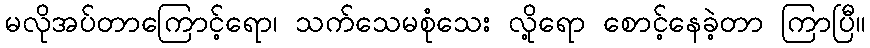
မလိုအပ်တာကြောင့်ရော၊ သက်သေမစုံသေး လို့ရော စောင့်နေခဲ့တာ ကြာပြီ။